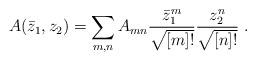
LaTeX: \begin{align*}A(\bar z_1,z_2)=\sum_{m,n} A_{mn}\frac{\bar z_1^m}{\sqrt{[m]!}}\frac{z_2^n}{\sqrt{[n]!}}\ . \end{align*}